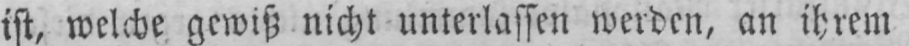
ist, welche gewiß nicht unterlassen werden, an ihrem